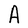
Character: A